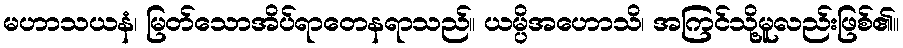
မဟာသယနံ၊ မြတ်သောအိပ်ရာတေနရာသည်။ ယမ္ပိအဟောသိ၊ အကြင်သို့မူလည်းဖြစ်၏။